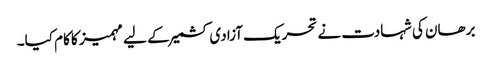
برھان کی شہادت نے تحریک آزادی کشمیر کے لیے مہمیز کا کام کیا۔